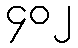
၄၀၂